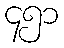
၄၅၁